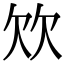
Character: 𣢐